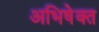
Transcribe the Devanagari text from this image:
अभिषेक्त